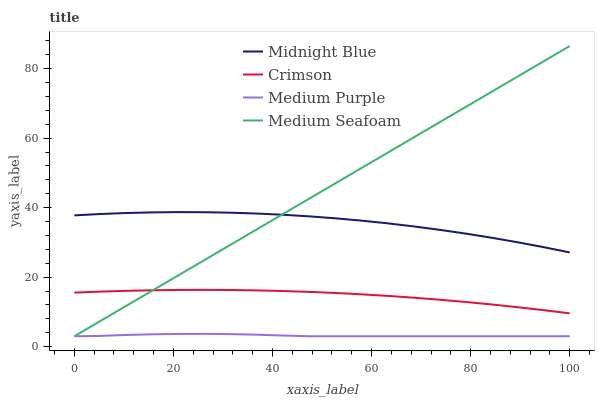
| xaxis_label | Midnight Blue | Crimson | Medium Purple | Medium Seafoam |
 | --- | --- | --- | --- | --- |
 | 0 | 37.8 | 15.6 | 3 | 3 |
 | 5.26 | 38.2 | 15.8 | 3.09 | 7.4 |
 | 10.5 | 38.5 | 16.1 | 3.37 | 11.8 |
 | 15.8 | 38.7 | 16.2 | 3.56 | 16.2 |
 | 21.1 | 38.7 | 16.3 | 3.67 | 20.6 |
 | 26.3 | 38.7 | 16.3 | 3.68 | 25 |
 | 31.6 | 38.6 | 16.3 | 3.61 | 29.4 |
 | 36.8 | 38.3 | 16.2 | 3.45 | 33.8 |
 | 42.1 | 38 | 16 | 3.2 | 38.2 |
 | 47.4 | 37.5 | 15.8 | 3 | 42.6 |
 | 52.6 | 37 | 15.5 | 3 | 47 |
 | 57.9 | 36.3 | 15.1 | 3 | 51.4 |
 | 63.2 | 35.5 | 14.6 | 3 | 55.8 |
 | 68.4 | 34.6 | 14.1 | 3 | 60.2 |
 | 73.7 | 33.6 | 13.5 | 3 | 64.6 |
 | 78.9 | 32.6 | 12.9 | 3 | 68.9 |
 | 84.2 | 31.4 | 12.2 | 3 | 73.3 |
 | 89.5 | 30.1 | 11.4 | 3 | 77.7 |
 | 94.7 | 28.6 | 10.5 | 3 | 82.1 |
 | 100 | 27.1 | 9.58 | 3 | 86.5 |